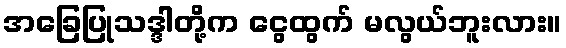
အခြေပြုသဒ္ဒါတို့က ငွေထွက် မလွယ်ဘူးလား။